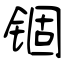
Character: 锢